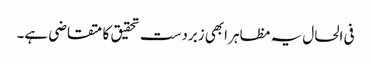
فی الحال یہ مظاہر ابھی زبردست تحقیق کا متقاضی ہے۔